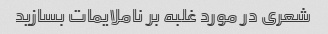
شعری در مورد غلبه بر ناملایمات بسازید